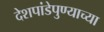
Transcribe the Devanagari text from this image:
देशपांडेपुण्याच्या